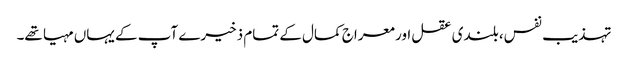
تہذیب نفس، بلندی عقل اور معراج کمال کے تمام ذخیرے آپ کے یہاں مہیا تھے۔